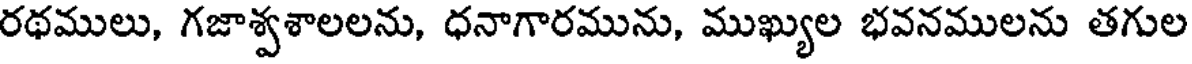
రథములు, గజాశ్వశాలలను, ధనాగారమును, ముఖ్యుల భవనములను తగుల